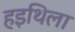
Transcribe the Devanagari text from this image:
हइथिला